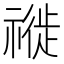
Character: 𥛨